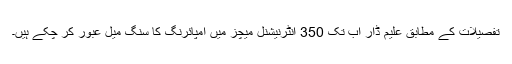
تفصیلات کے مطابق علیم ڈار اب تک 350 انٹرنیشنل میچز میں امپائرنگ کا سنگ میل عبور کر چکے ہیں۔